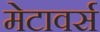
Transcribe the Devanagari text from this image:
मेटावर्स